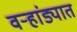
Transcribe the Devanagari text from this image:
वऱ्हांड्यात